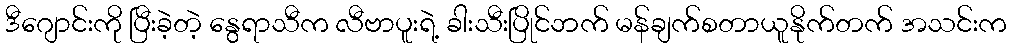
ဒီဂျောင်းကို ပြီးခဲ့တဲ့ နွေရာသီက လီဗာပူးရဲ့ ခါးသီးပြိုင်ဘက် မန်ချက်စတာယူနိုက်တက် အသင်းက